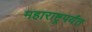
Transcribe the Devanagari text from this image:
महाराष्ट्रपर्यंत